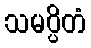
သမပ္ပိတံ